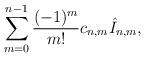
LaTeX: \begin{align*} \sum_{m=0}^{n-1}\frac{(-1)^m}{m!}c_{n,m}\hat{I}_{n,m},\end{align*}